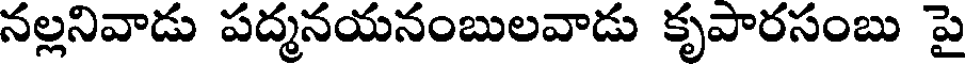
నల్లనివాడు పద్మనయనంబులవాడు కృపారసంబు పై